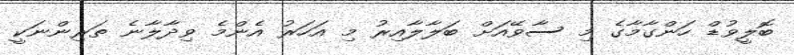
ބޮލީވުޑް ހަންގާމާގެ މި ސާވޭއަށް ބަލާލާއިރު މި އަހަރު އެންމެ ވިދާލާނެ ތަރިންނަކީ